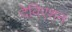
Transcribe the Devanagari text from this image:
देविएशन